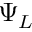
\Psi _ { L }